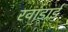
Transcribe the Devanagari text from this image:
रवांडाई